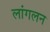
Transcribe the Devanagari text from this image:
लांगलन